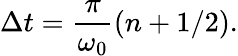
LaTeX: \Delta t=\frac{\pi}{\omega_{0}}(n+1/2).